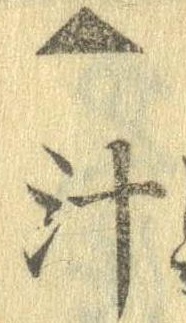
▲汁